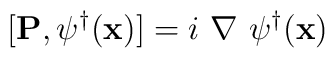
[{\bf{P}}, \psi^{\dagger}({\bf{x}})] = i\mbox{        }\nabla\mbox{        }\psi^{\dagger}({\bf{x}})